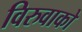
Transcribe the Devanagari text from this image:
विरुवाको